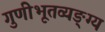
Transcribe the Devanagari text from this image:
गुणीभूतव्यङ्ग्य